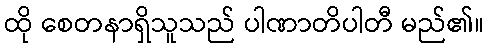
ထို စေတနာရှိသူသည် ပါဏာတိပါတီ မည်၏။